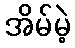
အိမ်မဲ့